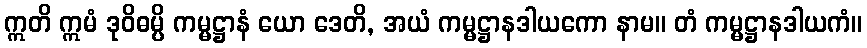
ဣတိ ဣမံ ဒုဝိဓမ္ပိ ကမ္မဋ္ဌာနံ ယော ဒေတိ, အယံ ကမ္မဋ္ဌာနဒါယကော နာမ။ တံ ကမ္မဋ္ဌာနဒါယကံ။